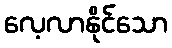
လေ့လာနိုင်သော